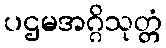
ပဌမအဂ္ဂိသုတ္တံ